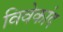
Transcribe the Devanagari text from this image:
विवेकांद